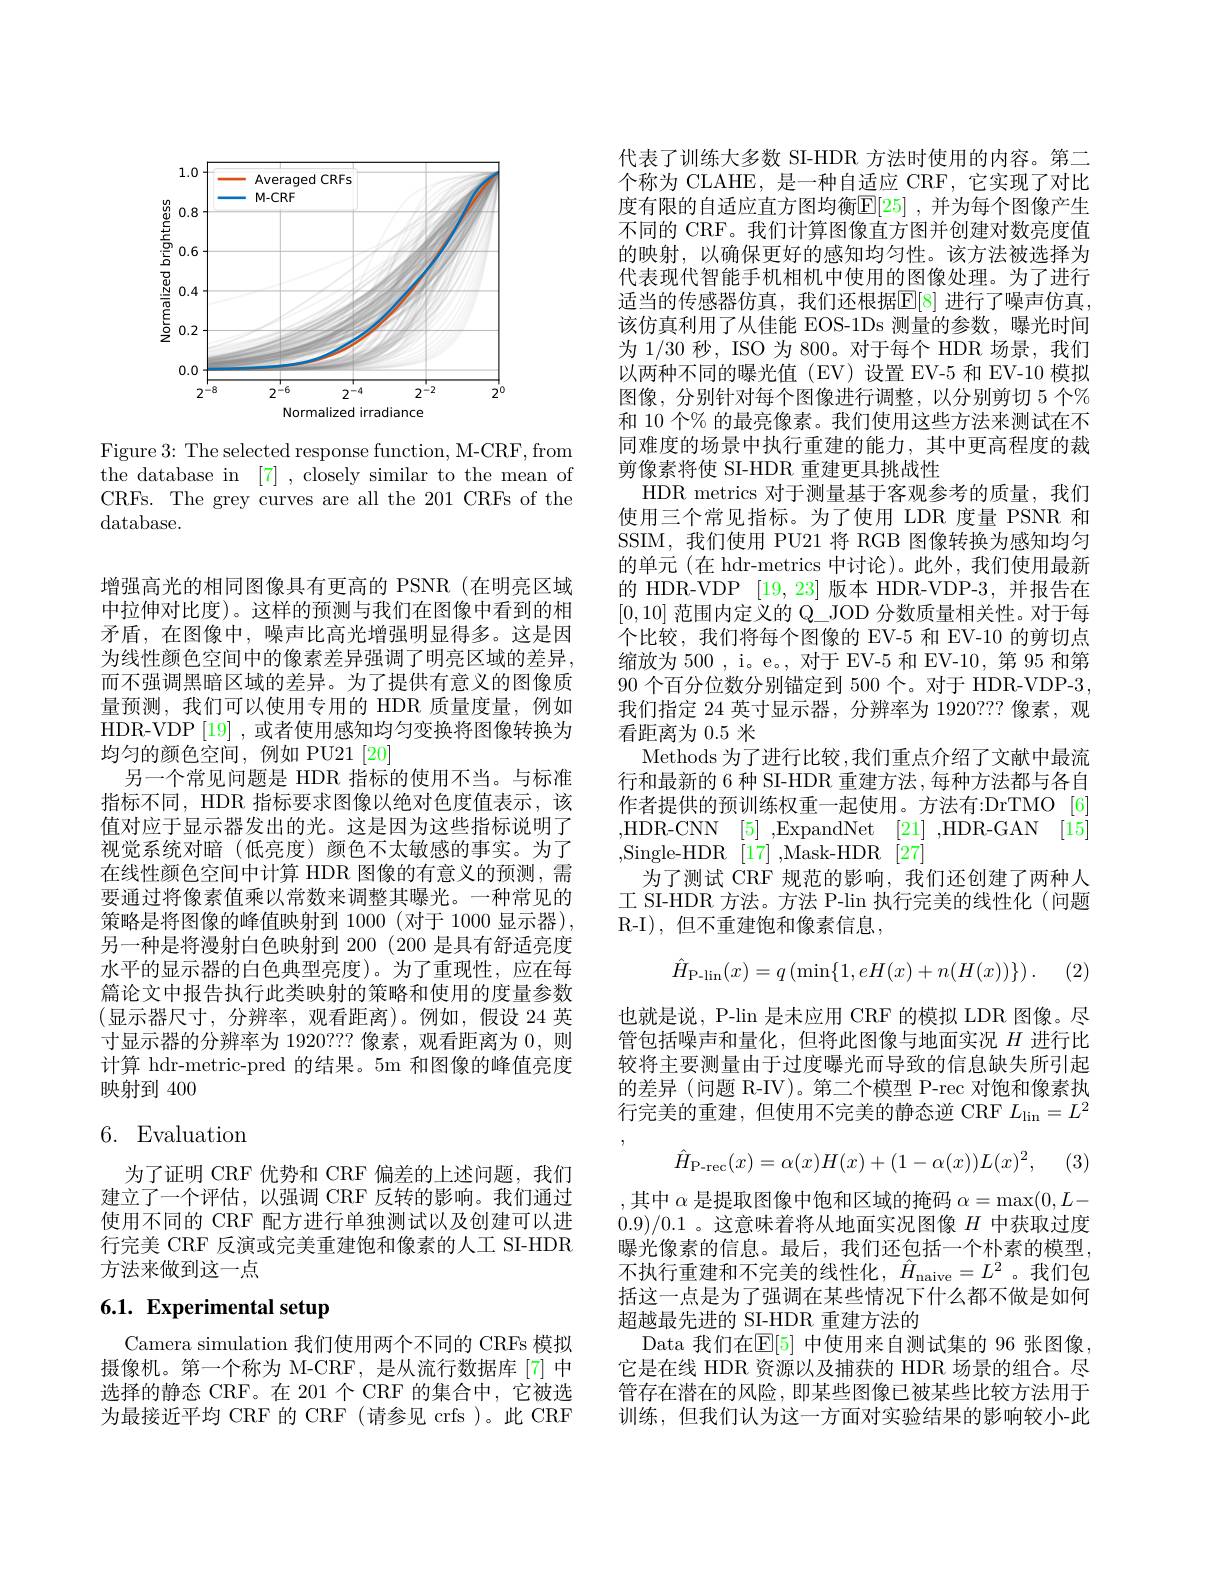
<FigureHere>

Figure 3: The selected response function, M-CRF, from the database in [7] , closely similar to the mean of CRFs. The grey curves are all the 201 CRFs of the database.

增强高光的相同图像具有更高的 PSNR (在明亮区域中拉伸对比度)。这样的预测与我们在图像中看到的相矛盾，在图像中，噪声比高光增强明显得多。这是因为线性颜色空间中的像素差异强调了明亮区域的差异， 而不强调黑暗区域的差异。为了提供有意义的图像质量预测，我们可以使用专用的 HDR 质量度量，例如HDR-VDP[19],或者使用感知均匀变换将图像转换为均匀的颜色空间，例如 PU21 [20]
另一个常见问题是 HDR 指标的使用不当。与标准指标不同，HDR 指标要求图像以绝对色度值表示，该值对应于显示器发出的光。这是因为这些指标说明了视觉系统对暗(低亮度)颜色不太敏感的事实。为了在线性颜色空间中计算 HDR 图像的有意义的预测，需要通过将像素值乘以常数来调整其曝光。一种常见的策略是将图像的峰值映射到 1000(对于 1000 显示器), 另一种是将漫射白色映射到 200 (200 是具有舒适亮度水平的显示器的白色典型亮度)。为了重现性，应在每篇论文中报告执行此类映射的策略和使用的度量参数(显示器尺寸，分辨率，观看距离)。例如，假设 24 英寸显示器的分辨率为 1920??? 像素，观看距离为0，则计算 hdr-metric-pred 的结果。5m 和图像的峰值亮度映射到 400

# 6. Evaluation

为了证明 CRF 优势和 CRF 偏差的上述问题，我们建立了一个评估，以强调 CRF 反转的影响。我们通过使用不同的 CRF 配方进行单独测试以及创建可以进行完美 CRF 反演或完美重建饱和像素的人工 SI-HDR 方法来做到这一点

# 6.1. Experimental setup

Camera simulation 我们使用两个不同的 CRFs 模拟摄像机。第一个称为 M-CRF,是从流行数据库[7]中选择的静态 CRF。在 201 个 CRF 的集合中，它被选为最接近平均 CRF 的 CRF (请参见 crfs )。此 CRF

代表了训练大多数 SI-HDR 方法时使用的内容。第二个称为 CLAHE, 是一种自适应 CRF, 它实现了对比度有限的自适应直方图均衡$\mathbb{E}[25]$ ,并为每个图像产生不同的 CRF。我们计算图像直方图并创建对数亮度值的映射，以确保更好的感知均匀性。该方法被选择为代表现代智能手机相机中使用的图像处理。为了进行适当的传感器仿真，我们还根据$\mathbb{E}[8]$ 进行了噪声仿真， 该仿真利用了从佳能 EOS-1Ds 测量的参数，曝光时间为 1/30 秒，ISO 为 800。对于每个 HDR 场景，我们以两种不同的曝光值(EV)设置 EV-5 和 EV-10 模拟图像，分别针对每个图像进行调整，以分别剪切 5 个% 和 10 个% 的最亮像素。我们使用这些方法来测试在不同难度的场景中执行重建的能力，其中更高程度的裁剪像素将使 SI-HDR 重建更具挑战性
HDR metrics 对于测量基于客观参考的质量，我们使用三个常见指标。为了使用 LDR 度量 PSNR 和SSIM,我们使用 PU21 将 RGB 图像转换为感知均匀的单元(在 hdr-metrics 中讨论)。此外，我们使用最新的 HDR-VDP [19,23]版本 HDR-VDP-3,并报告在[0,10]范围内定义的 Q\_JOD 分数质量相关性。对于每个比较，我们将每个图像的 EV-5 和 EV-10 的剪切点缩放为 500 , i。e。, 对于 EV-5 和 EV-10, 第 95 和第90个百分位数分别锚定到 500 个。对于 HDR-VDP-3, 我们指定 24 英寸显示器，分辨率为 1920??? 像素，观看距离为0.5米
Methods 为了进行比较 ,我们重点介绍了文献中最流行和最新的 6 种 SI-HDR 重建方法 , 每种方法都与各自作者提供的预训练权重一起使用。方法有：DrTMO[6] $\begin{array}{lll}{,\mathrm{HDR-CNN}}&{[5]\:,\mathrm{ExpandNet}}&{[21]\:,\mathrm{HDR-GAN}\:[15]}\\{,\mathrm{Single-HDR}\:[17]\:,\mathrm{Mask-HDR}\:[27]}\end{array}$
为了测试 CRF 规范的影响，我们还创建了两种人工 SI-HDR 方法。方法 P-lin 执行完美的线性化 (问题R-I),但不重建饱和像素信息，
$$\hat{H}_{\text{P-lin}}(x)=q\left(\min\{1,eH(x)+n(H(x))\}\right).$$
(2)

也就是说，P-lin 是未应用 CRF 的模拟 LDR 图像。尽管包括噪声和量化，但将此图像与地面实况$H$进行比较将主要测量由于过度曝光而导致的信息缺失所引起的差异 (问题 R-IV)。第二个模型 P-rec 对饱和像素执行完美的重建，但使用不完美的静态逆 CRF $L_{\mathrm{lin}}=L^2$
$$\hat{H}_{\mathrm{P-rec}}(x)=\alpha(x)H(x)+(1-\alpha(x))L(x)^{2},$$
(3)

,其中$\alpha$是提取图像中饱和区域的掩码$\alpha=\max(0,L-$ 0.9)/0.1 。这意味着将从地面实况图像$H$中获取过度曝光像素的信息。最后，我们还包括一个朴素的模型， 不执行重建和不完美的线性化，$\hat{H}_\mathrm{naive}=L^2$。我们包括这一点是为了强调在某些情况下什么都不做是如何超越最先进的 SI-HDR 重建方法的
Data 我们在$\mathbb{E}[5]$ 中使用来自测试集的 96 张图像， 它是在线 HDR 资源以及捕获的 HDR 场景的组合。尽管存在潜在的风险，即某些图像已被某些比较方法用于训练，但我们认为这一方面对实验结果的影响较小-此